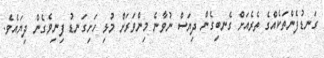
ގަނޑުފެންތަކެއްގެ ތެރެއަށް ގެނބިގެން ދިޔަސް ނުވާނެ މިންވަރަށް މުޅި ހަށިގަނޑު ފިނިވެގެން ދިޔައެވެ.